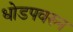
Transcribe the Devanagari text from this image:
धोडपवरुन